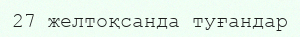
27 желтоқсанда туғандар